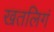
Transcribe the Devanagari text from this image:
खतलिगं